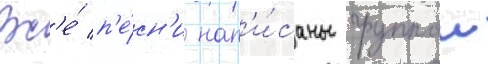
Вс'е́ п'е́сн'и нап'и́саны группои